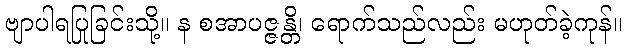
ဗျာပါရပြုခြင်းသို့။ န စအာပဇ္ဇန္တိ၊ ရောက်သည်လည်း မဟုတ်ခဲ့ကုန်။